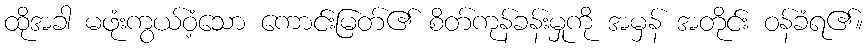
ထိုအခါ မဖုံးကွယ်ဝံ့သော ကောင်းမြတ်၏ စိတ်ကုန်ခန်းမှုကို အမှန် အတိုင်း ဝန်ခံရ၏။